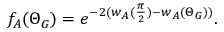
f _ { A } ( \Theta _ { G } ) = e ^ { - 2 ( w _ { A } ( \frac { \pi } { 2 } ) - w _ { A } ( \Theta _ { G } ) ) } .